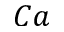
C a